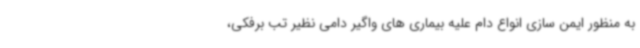
به منظور ایمن سازی انواع دام علیه بیماری های واگیر دامی نظیر تب برفکی،